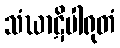
သံဃာဋိပါရုတံ